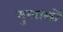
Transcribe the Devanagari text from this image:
मुखास्त्रों